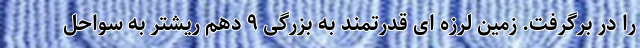
را در برگرفت. زمین لرزه ای قدرتمند به بزرگی ۹ دهم ریشتر به سواحل